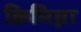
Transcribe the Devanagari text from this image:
क्रिमिघ्ना